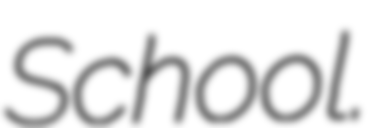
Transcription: School.